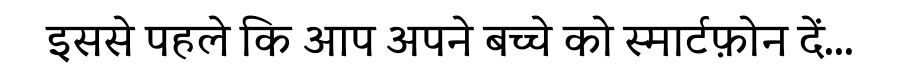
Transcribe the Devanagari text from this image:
इससे पहले कि आप अपने बच्चे को स्मार्टफ़ोन दें...